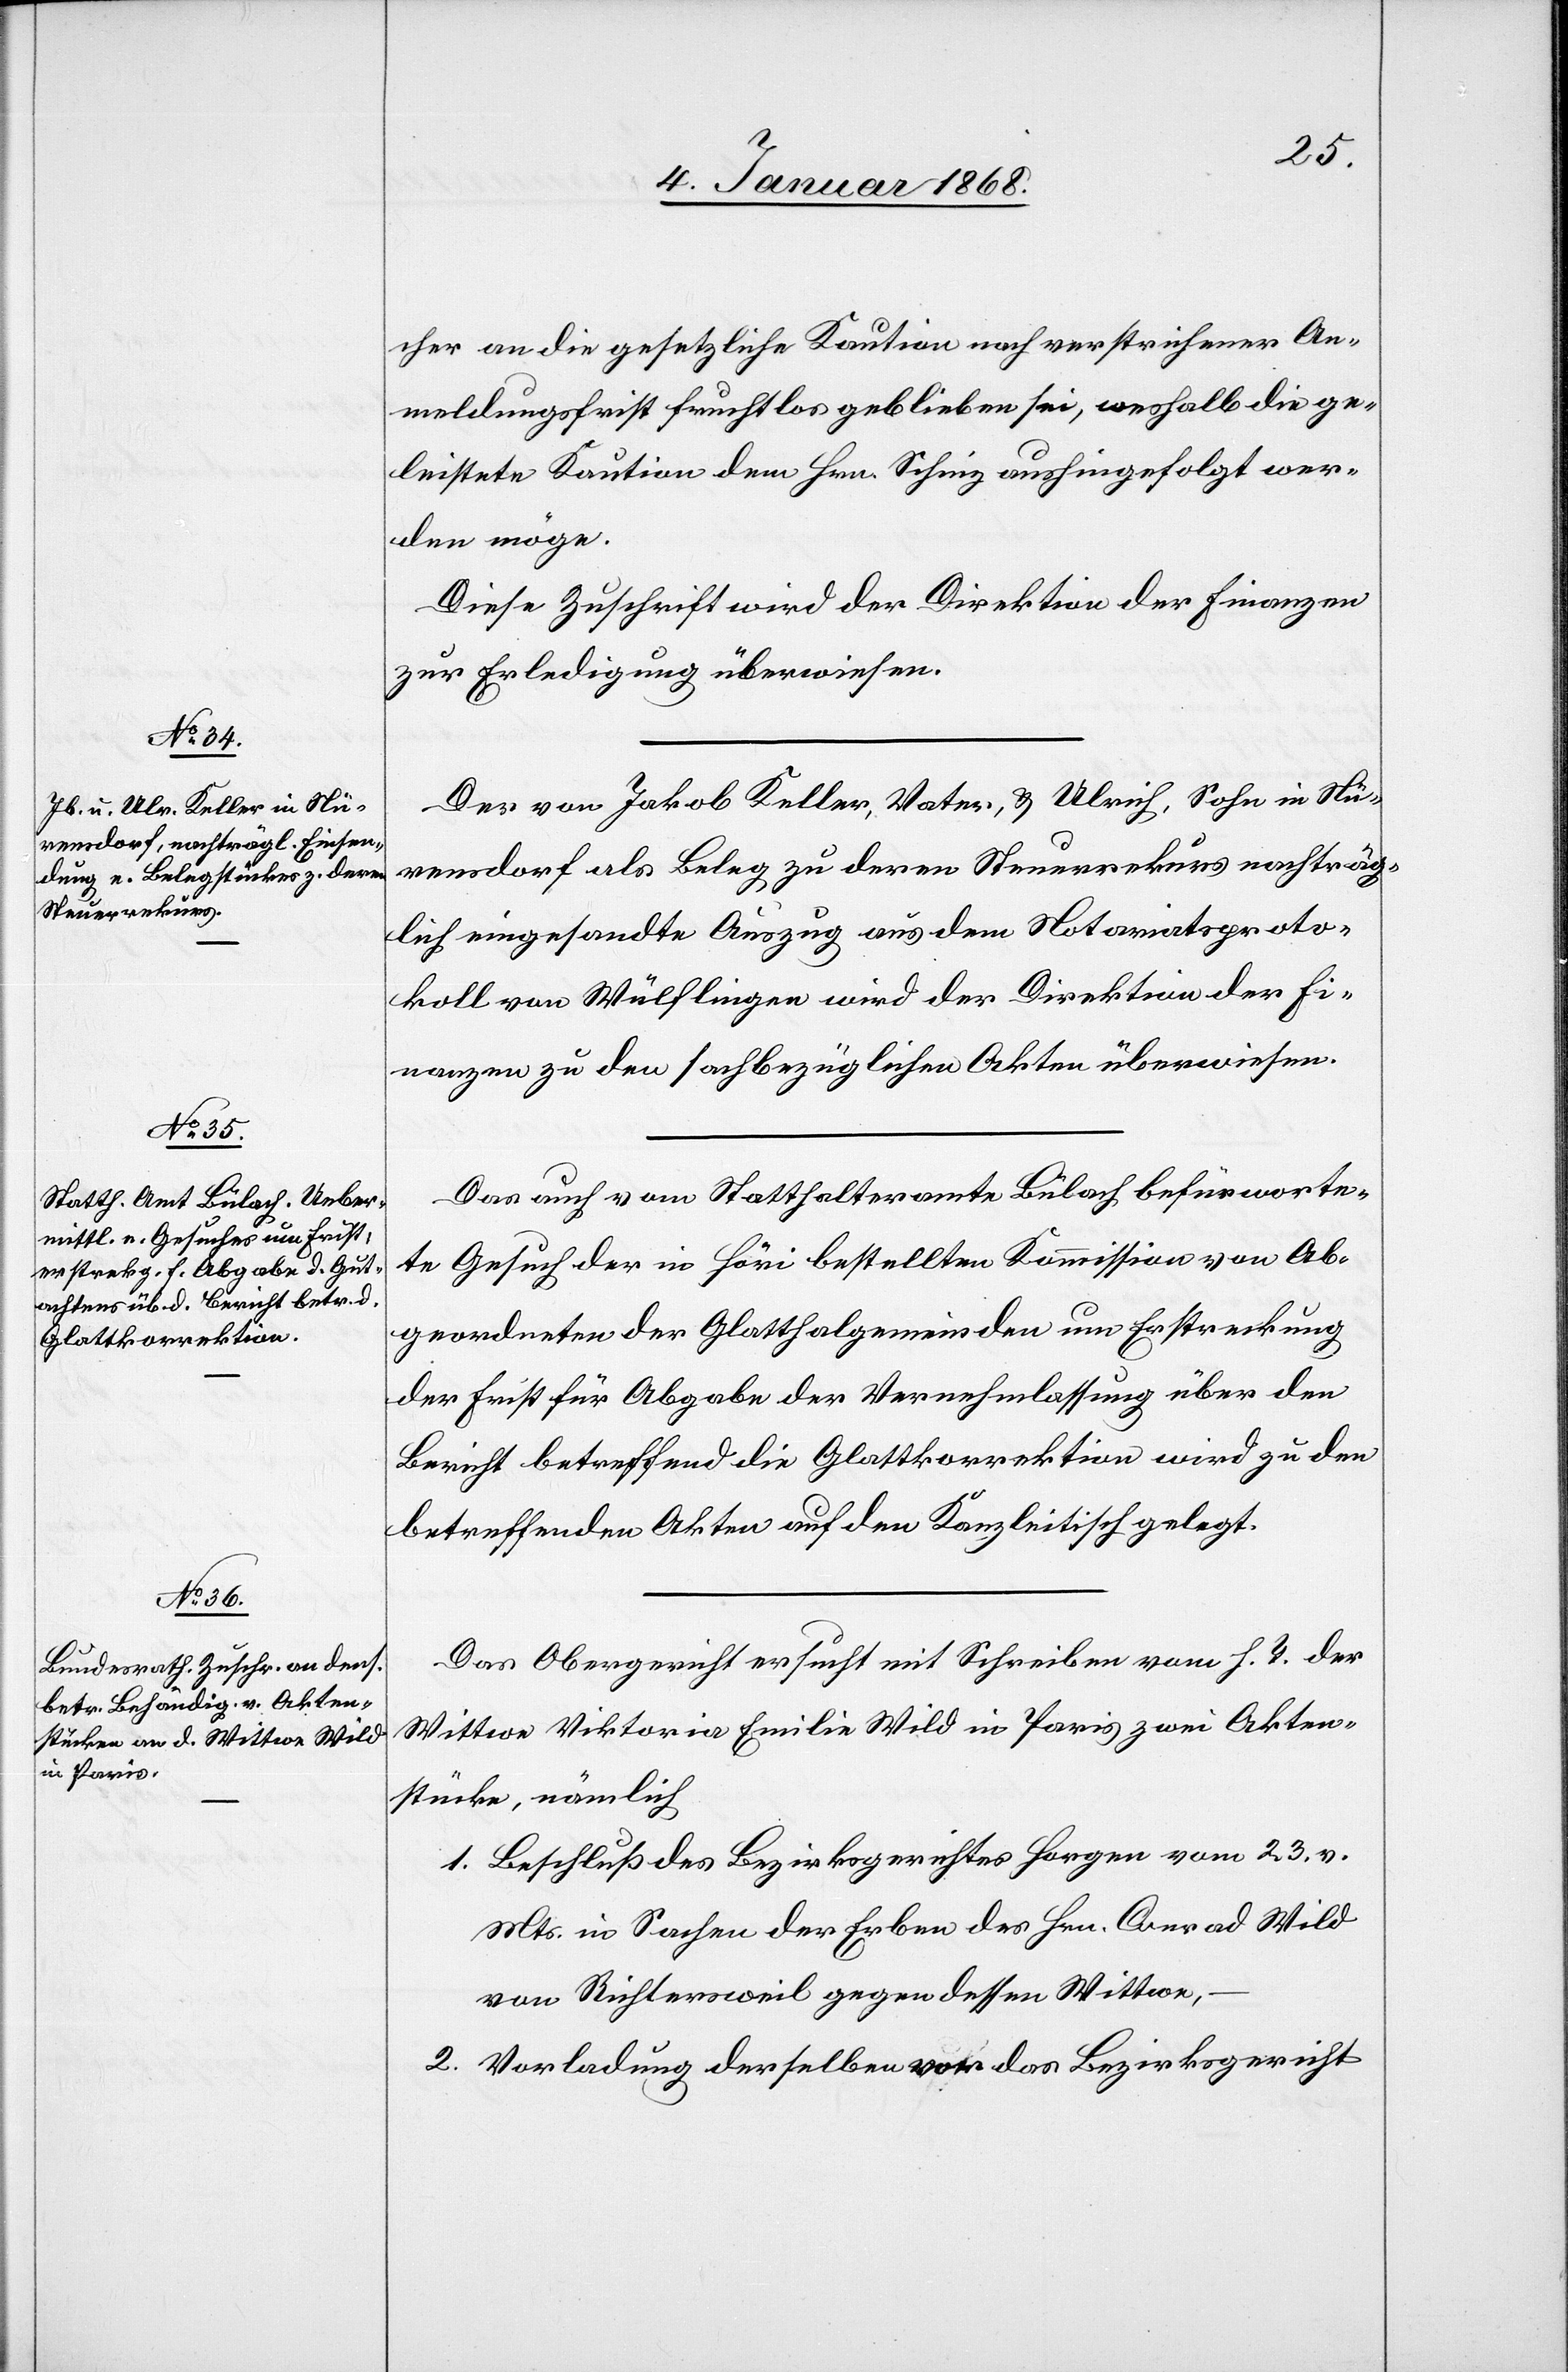
2.

7. Januar 1868.]
cher an die gesetzliche Kaution nach verstrichener An¬
meldungsfrist fruchtlos geblieben sei, weshalb die ge¬
leistete Kaution dem Hrn. Schinz aushingefolgt wer¬
den möge.
Diese Zuschrift wird der Direktion der Finanzen
zur Erledigung überwiesen.
Der von Jakob Keller, Vater, & Ulrich, Sohn in Nü¬
rensdorf als Beleg zu deren Steuerrekurs nachträg¬
lich eingesandte Auszug aus dem Notariatsproto¬
koll von Wülflingen wird der Direktion der Fi¬
nanzen zu den sachbezüglichen Akten überwiesen.
Das auch vom Statthalteramte Bülach befürworte¬
te Gesuch der in Höri bestellten Kommission von Ab¬
geordneten der Glatthalgemeinden um Erstreckung
der Frist für Abgabe der Vernehmlassung über den
Bericht betreffend die Glattkorrektion wird zu den
betreffenden Akten auf den Kanzleitisch gelegt.
Das Obergericht ersucht mit Schreiben vom h. T. der
Wittwe Viktoria Emilie Wild in Paris zwei Akten¬
stücke, nämlich
Beschluß des Bezirksgerichtes Horgen vom 23. v.
Mts. in Sachen der Erben des Hrn. Conrad Wild
von Richtersweil gegen dessen Wittwe,
Vorladung derselben vor das Bezirksgericht